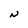
Character: N